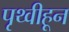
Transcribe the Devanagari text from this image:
पृथ्वीहून